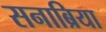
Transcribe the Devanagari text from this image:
सनाब्रिया